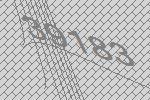
39183